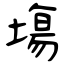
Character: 塲